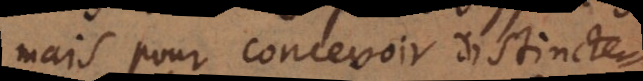
mais pour concevoir distincte